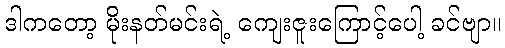
ဒါကတော့ မိုးနတ်မင်းရဲ့ ကျေးဇူးကြောင့်ပေါ့ ခင်ဗျာ။